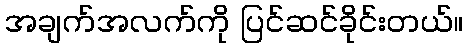
အချက်အလက်ကို ပြင်ဆင်ခိုင်းတယ်။